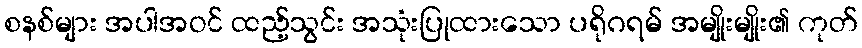
စနစ်များ အပါအဝင် ထည့်သွင်း အသုံးပြုထားသော ပရိုဂရမ် အမျိုးမျိုး၏ ကုတ်